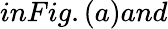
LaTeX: inFig.(a)and